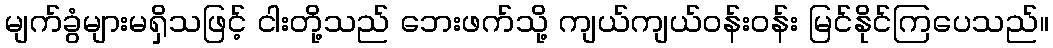
မျက်ခွံများမရှိသဖြင့် ငါးတို့သည် ဘေးဖက်သို့ ကျယ်ကျယ်ဝန်းဝန်း မြင်နိုင်ကြပေသည်။